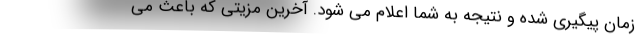
زمان پیگیری شده و نتیجه به شما اعلام می شود. آخرین مزیتی که باعث می